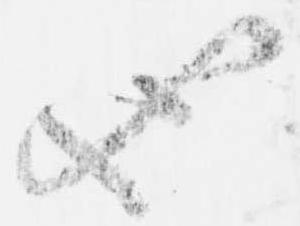
也